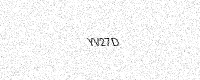
Text: YV27D